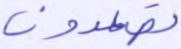
تصعدون